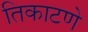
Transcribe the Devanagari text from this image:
तिकाटणे